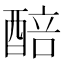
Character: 醅